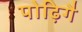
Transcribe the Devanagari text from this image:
पोढ़िगै